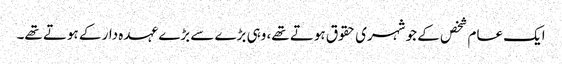
ایک عام شخص کے جو شہری حقوق ہوتے تھے، وہی بڑے سے بڑے عہدہ دار کے ہوتے تھے۔